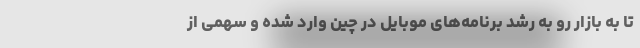
تا به بازار رو به رشد برنامه‌های موبایل در چین وارد شده و سهمی از